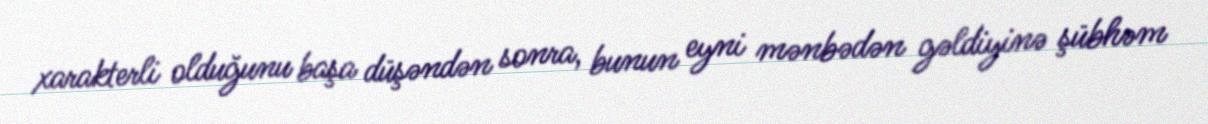
xarakterli olduğunu başa düşəndən sonra, bunun eyni mənbədən gəldiyinə şübhəm